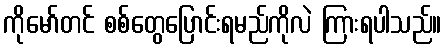
ကိုမော်တင် စစ်တွေပြောင်းရမည်ကိုလဲ ကြားရပါသည်။